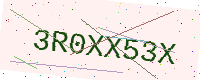
Text: 3R0XX53X